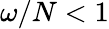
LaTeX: \omega/N<1